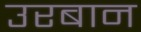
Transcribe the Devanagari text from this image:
उरबान